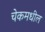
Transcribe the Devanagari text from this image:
चेकमधील